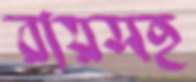
রায়সহ